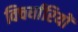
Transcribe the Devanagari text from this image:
विचर्धारियों